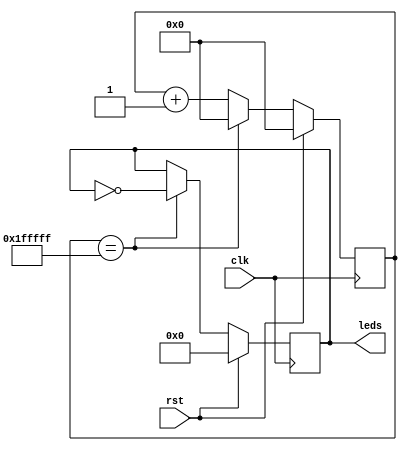
/* Generated by Yosys 0.42+10 (git sha1 ef9045882, g++ 11.4.0-1ubuntu1~22.04 -fPIC -Os) */

(* top =  1  *)
(* src = "/home/user/SDR-HLS/HLSImplementation/Examples/1.Blinky/Blinky.py:24" *)
(* generator = "Amaranth" *)
module top(rst, leds, clk);
  reg \$auto$verilog_backend.cc:2352:dump_module$1  = 0;
  wire [21:0] \$1 ;
  wire \$2 ;
  wire [7:0] \$3 ;
  reg [20:0] \$4 ;
  reg [7:0] \$5 ;
  (* src = "/home/user/FPGA/amaranth/amaranth/hdl/_ir.py:283" *)
  input clk;
  wire clk;
  (* src = "/home/user/SDR-HLS/HLSImplementation/Examples/1.Blinky/Blinky.py:27" *)
  reg [20:0] count = 21'h000000;
  (* src = "/home/user/SDR-HLS/HLSImplementation/Examples/1.Blinky/Blinky.py:20" *)
  output [7:0] leds;
  reg [7:0] leds = 8'h00;
  (* src = "/home/user/FPGA/amaranth/amaranth/hdl/_ir.py:283" *)
  input rst;
  wire rst;
  (* src = "/home/user/SDR-HLS/HLSImplementation/Examples/1.Blinky/Blinky.py:27" *)
  always @(posedge clk)
    count <= \$4 ;
  (* src = "/home/user/SDR-HLS/HLSImplementation/Examples/1.Blinky/Blinky.py:20" *)
  always @(posedge clk)
    leds <= \$5 ;
  assign \$1  = count + (* src = "/home/user/SDR-HLS/HLSImplementation/Examples/1.Blinky/Blinky.py:36" *) 1'h1;
  assign \$2  = count == (* src = "/home/user/SDR-HLS/HLSImplementation/Examples/1.Blinky/Blinky.py:37" *) 21'h1fffff;
  assign \$3  = ~ (* src = "/home/user/SDR-HLS/HLSImplementation/Examples/1.Blinky/Blinky.py:39" *) leds;
  always @* begin
    if (\$auto$verilog_backend.cc:2352:dump_module$1 ) begin end
    \$5  = leds;
    if (\$2 ) begin
      \$5  = \$3 ;
    end
    if (rst) begin
      \$5  = 8'h00;
    end
  end
  always @* begin
    if (\$auto$verilog_backend.cc:2352:dump_module$1 ) begin end
    \$4  = \$1 [20:0];
    if (\$2 ) begin
      \$4  = 21'h000000;
    end
    if (rst) begin
      \$4  = 21'h000000;
    end
  end
endmodule